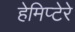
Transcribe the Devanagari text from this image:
हेमिप्टेरे